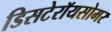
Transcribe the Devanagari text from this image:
डिसटेरॉयसोमर